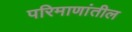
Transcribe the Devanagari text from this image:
परिमाणांतील